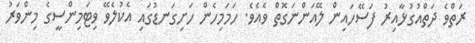
ރަތްވެ ދަތްއުގުޅާއިރު ފަސޭހައިން ލޭއަންނަގޮތް ވެއެވެ. ހަމަމިހެން ހަށިގަނޑުގައި އެކުލެވޭ ވިޓަމިންސީގެ މިންވަރު